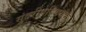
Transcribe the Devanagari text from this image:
सुंदरीपरिणयमु